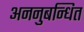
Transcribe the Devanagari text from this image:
अननुबन्धित